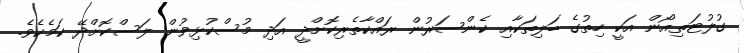
ގުލުޓަތިއޯން އަކީ ހިތުގެ ބަލިތަކާއި ކެންސަރުން ރައްކާތެރިކޮށްދީ އަދި މުސްކުޅިވުން ލަސްކޮށްދޭ ކަމެކެވެ.